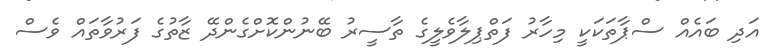
އަދި ބައެއް ސްޕާތަކަކީ މިހާރު ފަތްޕިލާވެލީގެ ތާސީރު ބޭނުންކޮށްގެންދޭ ޒާތުގެ ފަރުވާތައް ވެސް